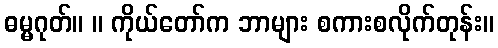
ဓမ္မဂုတ်။ ။ ကိုယ်တော်က ဘာများ စကားစလိုက်တုန်း။